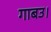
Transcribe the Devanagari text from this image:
गाबउ।